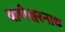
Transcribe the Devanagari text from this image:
बाणेश्वरनाथ